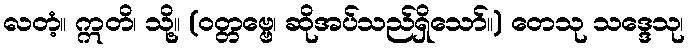
လတံ့။ ဣတိ၊ သို့။ (ဝတ္တဗ္ဗေ၊ ဆိုအပ်သည်ရှိသော်။) တေသု သဒ္ဒေသု၊